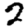
Digit: 2